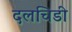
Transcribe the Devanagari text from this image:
दलचिडी